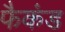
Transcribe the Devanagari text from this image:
फैकंड